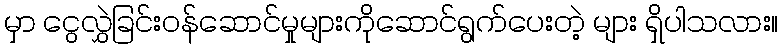
မှာ ငွေလွှဲခြင်းဝန်ဆောင်မှုများကိုဆောင်ရွက်ပေးတဲ့ များ ရှိပါသလား။